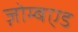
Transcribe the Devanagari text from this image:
ज़ोम्बएड